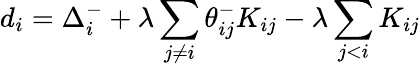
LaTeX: d_{i}=\Delta_{i}^{-}+\lambda\sum_{j\neq i}\theta_{ij}^{-}K_{ij}-\lambda\sum_{j<i}K_{ij}